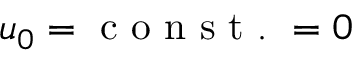
u _ { 0 } = \mathrm { ~ c ~ o ~ n ~ s ~ t ~ . ~ } = 0